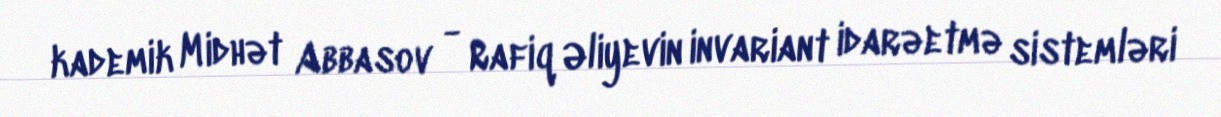
Аkademik Midhət Abbasov - Rafiq Əliyevin invariant idarəetmə sistemləri